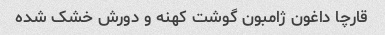
قارچا داغون ژامبون گوشت کهنه و دورش خشک شده